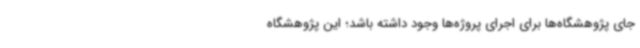
جای پژوهشگاه‌ها برای اجرای پروژه‌ها وجود داشته باشد؛ این پژوهشگاه